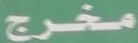
مخرج